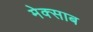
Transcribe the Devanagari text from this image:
मेक्साब